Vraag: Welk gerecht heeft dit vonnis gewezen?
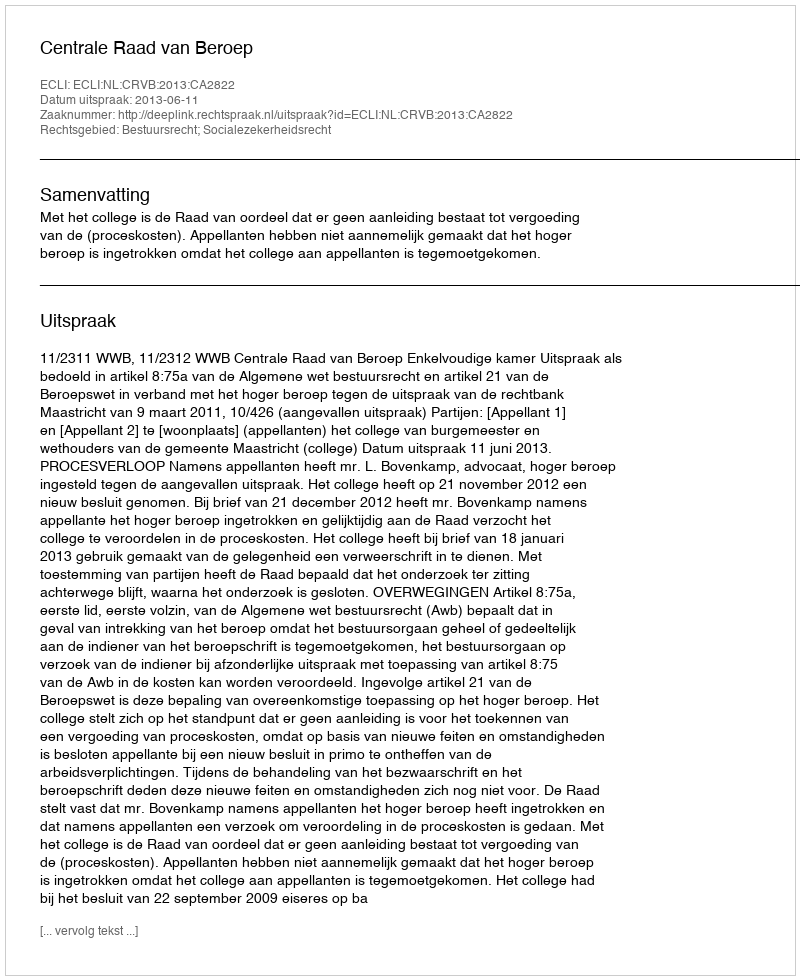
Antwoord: Centrale Raad van Beroep